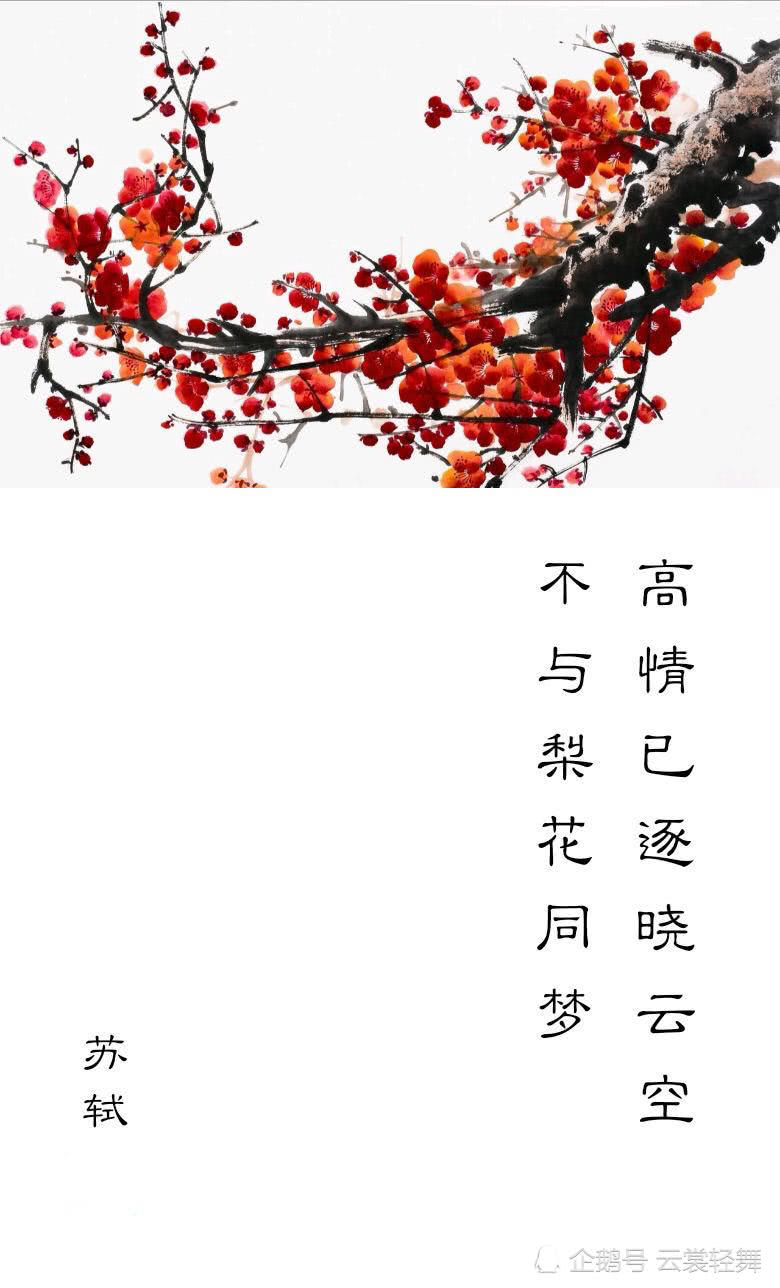
高情已逐晓云空。不与梨花同梦。